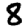
Digit: 8